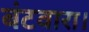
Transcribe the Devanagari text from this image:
बंटवारा।